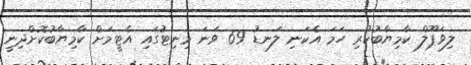
ލިވަޕޫލް ކާމިޔާބުކުރި ހަމަ އެކަނި ލަނޑު 69 ވަނަ މިނިޓުގައި އެޓީމަށް ކާމިޔާބުކޮށްދިނީ